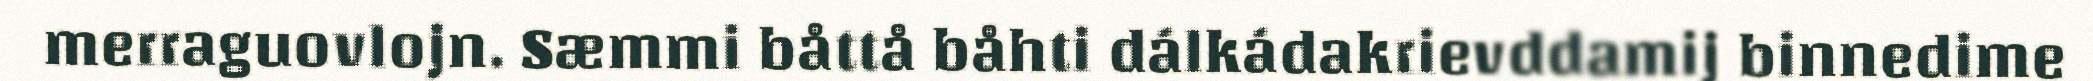
merraguovlojn. Sæmmi båttå båhti dálkádakrievddamij binnedime